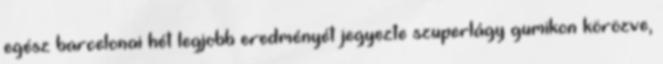
egész barcelonai hét legjobb eredményét jegyezte szuperlágy gumikon körözve,